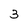
Character: 3